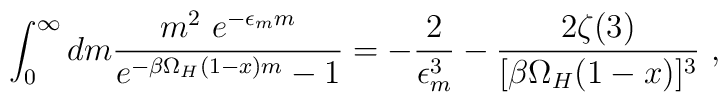
\int_0^\infty dm \frac{m^2~ e^{-\epsilon_m m}}{e^{-\beta \Omega_H (1-x) m}-1} = -\frac{2}{\epsilon_m^3}  -\frac{2 \zeta(3)}{[\beta \Omega_H (1-x)]^3}~,